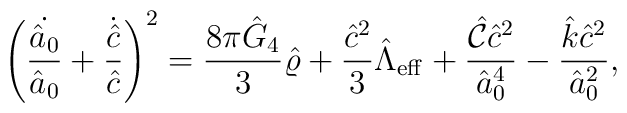
\left({\dot{\hat{a}_0}\over\hat{a}_0}+{\dot{\hat{c}}\over\hat{c}}\right)^2={{8\pi\hat{G}_4}\over 3}\hat{\varrho}+{\hat{c}^2\over 3}\hat{\Lambda}_{\rm eff}+{\hat{\cal C}\hat{c}^2\over\hat{a}^4_0}-{{\hat{k}\hat{c}^2}\over\hat{a}^2_0},